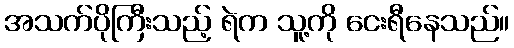
အသက်ပိုကြီးသည့် ရဲက သူ့ကို ငေးရီနေသည်။